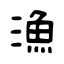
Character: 漁